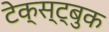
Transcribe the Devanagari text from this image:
टेक्स्ट्बुक